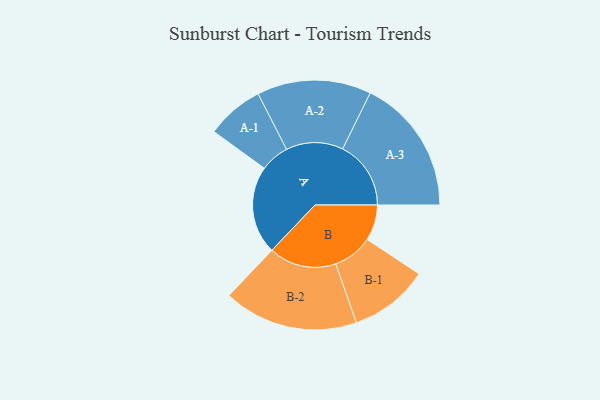
{"axis": {"x": "Segment", "y": "Value"}, "legend": ["", "A", "B"], "data": [{"x": "A", "y": 315, "type": ""}, {"x": "B", "y": 128, "type": ""}, {"x": "A-1", "y": 103, "type": "A"}, {"x": "A-2", "y": 204, "type": "A"}, {"x": "A-3", "y": 244, "type": "A"}, {"x": "B-1", "y": 142, "type": "B"}, {"x": "B-2", "y": 241, "type": "B"}]}